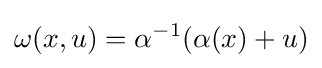
\omega (x,u)=\alpha ^{-1}(\alpha (x)+u)